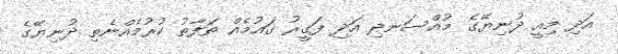
އަދި މިއީ ދުނިޔޭގެ މުއްސަނދި އަދި ފަގީރު ގައުމެއް ތަފާތު ކުރުމެއްނެތި ދުނިޔޭގެ